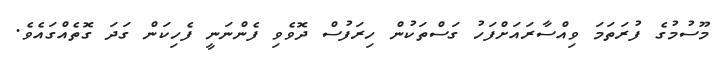
މޫސުމުގެ ފުރަތަމަ ވިއްސާރައަށްފަހު ގަސްތަކުން ހިރަފުސް ދޮވެވި ފެންނަނީ ފެހިކަން ގަދަ ގޮތެއްގައެވެ.